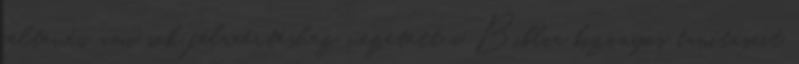
feltevés, ami sok félreértéshez vezetett a Biblia bizonyos tanításait